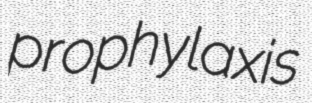
prophylaxis